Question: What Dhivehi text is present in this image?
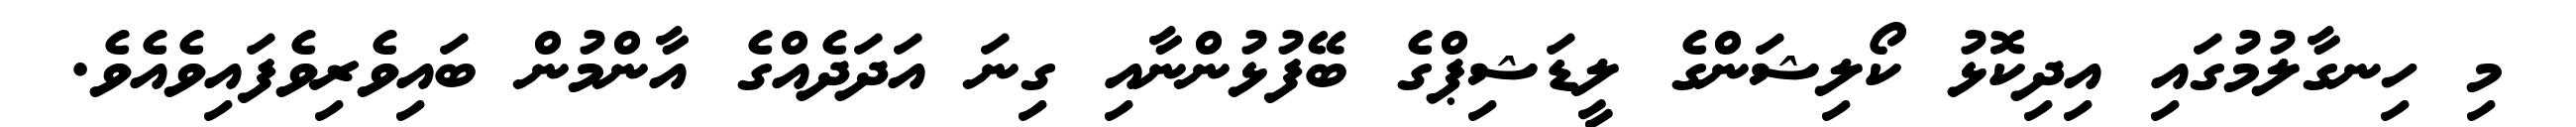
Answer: މި ހިނގާލުމުގައި އިދިކޮޅު ކޯލިޝަންގެ ލީޑަޝިޕްގެ ބޭފުޅުންނާއި ގިނަ އަދަދެއްގެ އާންމުން ބައިވެރިވެފައިވެއެވެ.